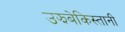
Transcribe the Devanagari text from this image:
उझबेकिस्तानी